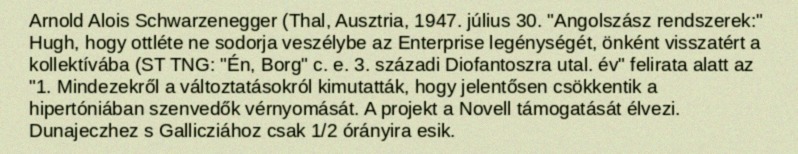
Arnold Alois Schwarzenegger (Thal, Ausztria, 1947. július 30. "Angolszász rendszerek:" Hugh, hogy ottléte ne sodorja veszélybe az Enterprise legénységét, önként visszatért a kollektívába (ST TNG: "Én, Borg" c. e. 3. századi Diofantoszra utal. év" felirata alatt az "1. Mindezekről a változtatásokról kimutatták, hogy jelentősen csökkentik a hipertóniában szenvedők vérnyomását. A projekt a Novell támogatását élvezi. Dunajeczhez s Gallicziához csak 1/2 órányira esik.